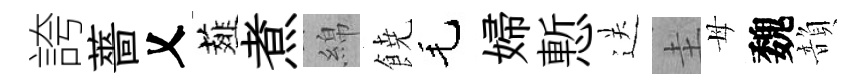
誇薔乂薤煮綿𩜙毛婦慙送圭母魏韻